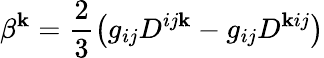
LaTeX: \beta^{\mathbf{k}}=\frac{2}{3}\left(g_{ij}D^{ij\mathbf{k}}-g_{ij}D^{\mathbf{k}ij}\right)